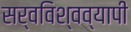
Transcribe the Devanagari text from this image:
सर्वविश्वव्यापी